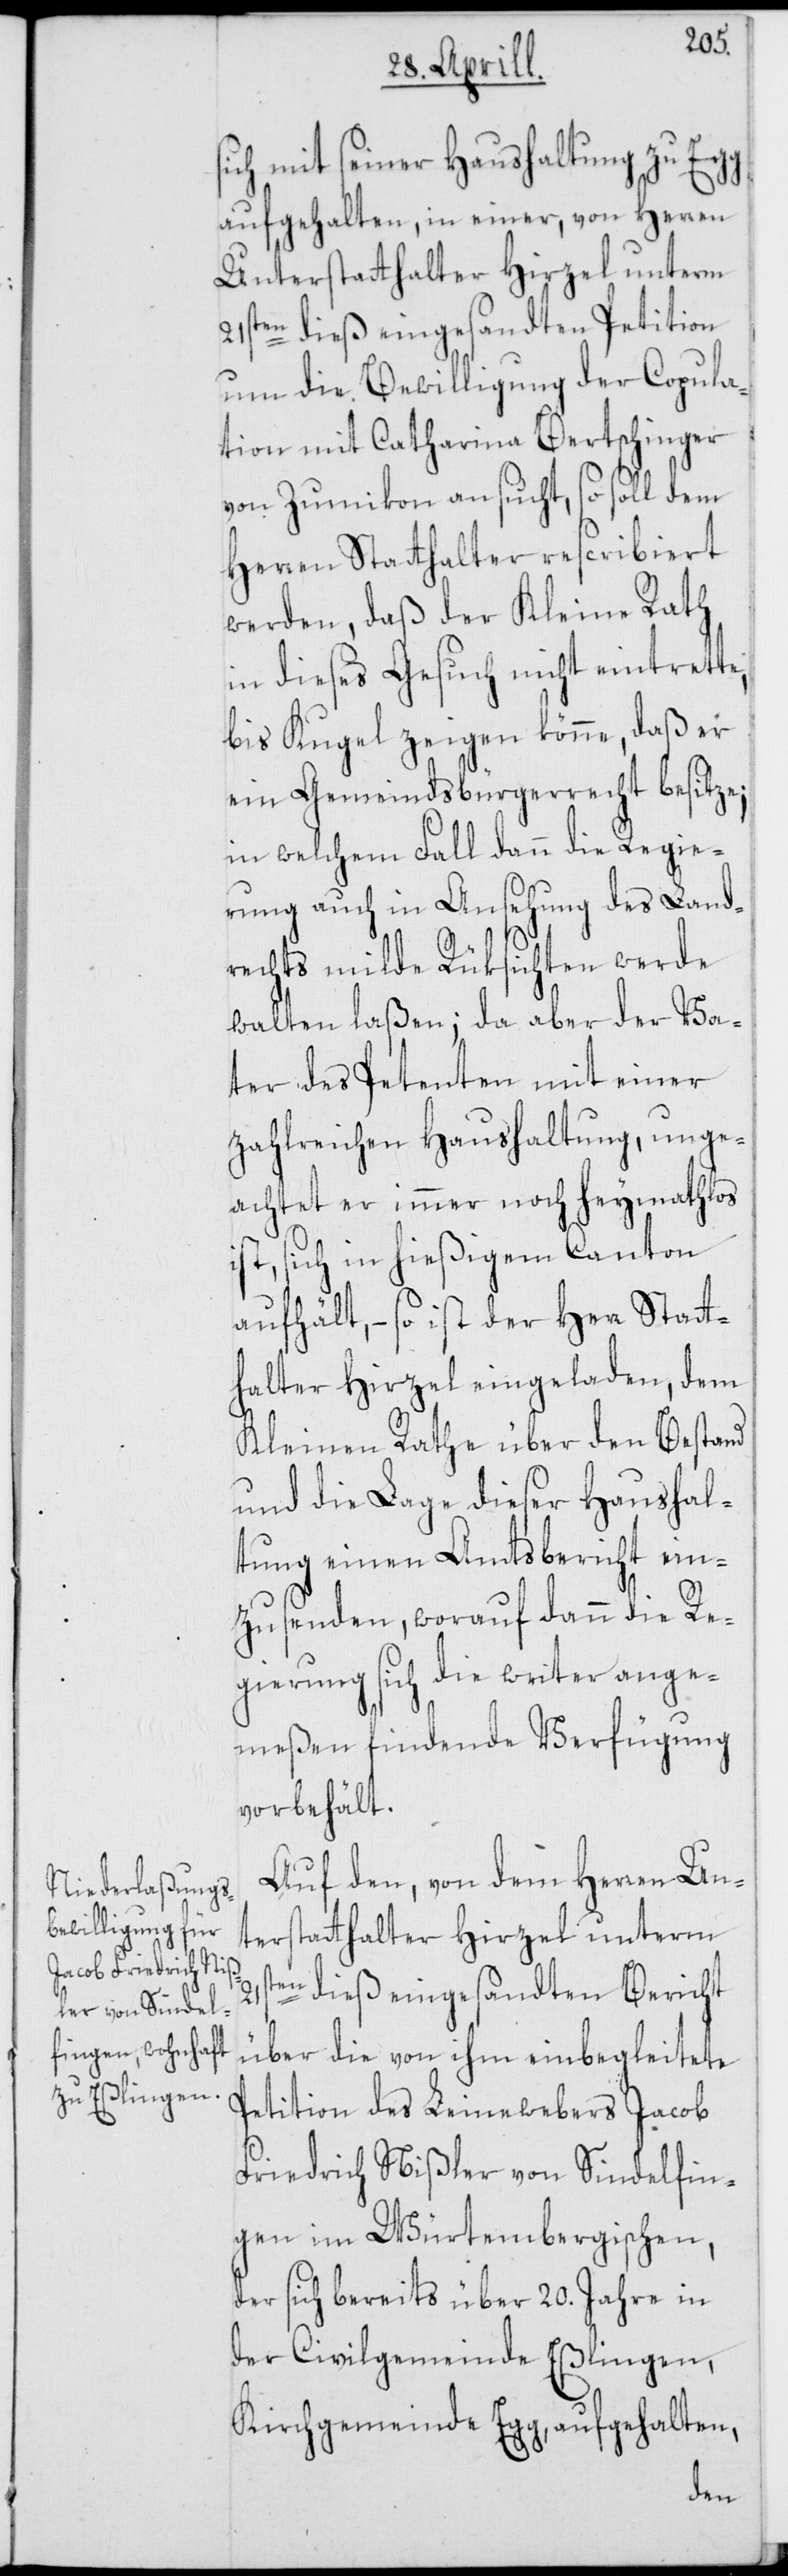
21st¬
sich mit seiner Haushaltung zu Egg
aufgehalten, in einer, von Herren
Unterstatthalter Hirzel unterm
21sten dieß eingesandten Petition
um die Bewilligung der Copula¬
tion mit Catharina Bertschinger
von Zumikon ansucht, so soll dem
Herren Statthalter rescribiert
werden, daß der Kleine Rath
in dieses Gesuch nicht eintrette,
bis Kugel zeigen könne, daß er
ein Gemeindsbürgerrecht besitze;
in welchem Fall dann die Regie¬
rung auch in Ansehung des Land¬
rechts milde Rüksichten werde
walten laßen; da aber der Va¬
ter des Petenten mit einer
zahlreichen Haushaltung, unge¬
achtet er immer noch heymathlos
ist, sich in hießigem Canton
aufhält, – so ist der Herr Statt¬
halter Hirzel eingeladen, dem
Kleinen Rathe über den Bestand
und die Lage dieser Haushal¬
tung einen Amtsbericht ein¬
zusenden, worauf dann die Re¬
gierung sich die weiter ange¬
meßen findende Verfügung
vorbehält.
Auf den, von dem Herren Un¬
terstatthalter Hirzel unterm
en dieß eingesandten Bericht
über die von ihm einbegleitete
Petition des Leinewebers Jacob
Friedrich Nißler von Sindelfin¬
gen im Würtembergischen,
der sich bereits über 20. Jahre in
der Civilgemeinde Eßlingen,
Kirchgemeinde Egg, aufgehalten,